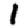
Digit: 1